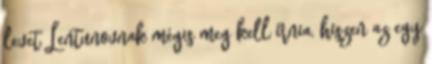
levet Lentunovnak mégis meg kell írnia, hiszen az egy